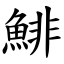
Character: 鯡